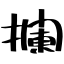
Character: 攔